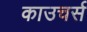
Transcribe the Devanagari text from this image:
काउचर्स